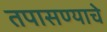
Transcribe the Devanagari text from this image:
तपासण्याचे